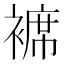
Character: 褯